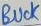
Text: BUCK